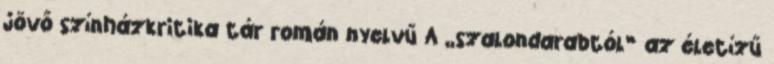
jövő színházkritika tár román nyelvű A „szalondarabtól” az életízű